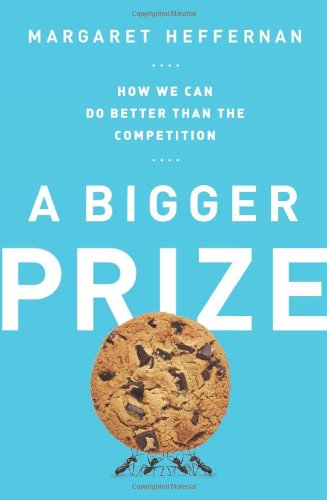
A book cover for A Bigger Prize: How We Can Do Better than the Competition; Margaret Heffernan; Health, Fitness & Dieting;